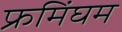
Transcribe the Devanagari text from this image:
फ्रमिंघम